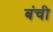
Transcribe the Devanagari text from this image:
बंची